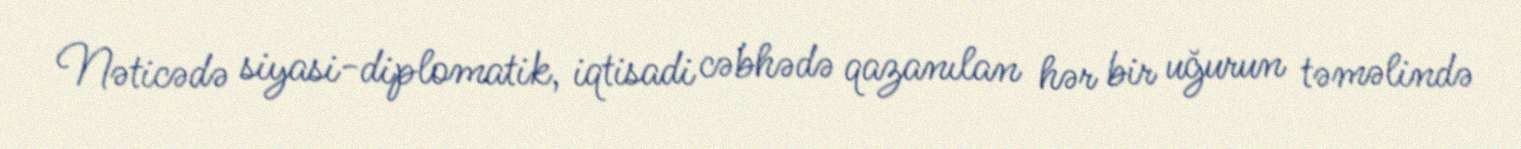
Nəticədə siyasi-diplomatik, iqtisadi cəbhədə qazanılan hər bir uğurun təməlində